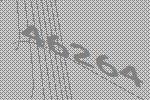
46264